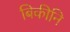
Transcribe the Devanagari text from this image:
बिकीनि